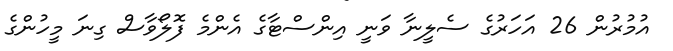
އުމުރުން 26 އަހަރުގެ ސެލީނާ ވަނީ އިންސްޓާގެ އެންމެ ފޮލޯވާސް ގިނަ މީހުންގެ